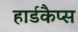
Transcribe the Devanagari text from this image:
हार्डकैप्स